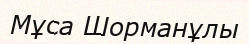
Мұса Шорманұлы